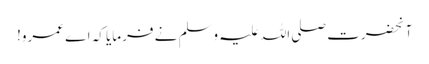
آنحضرت صلی اللہ علیہ وسلم نے فرمایا کہ اے عمرو!